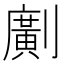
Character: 𠠎